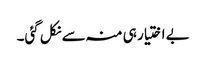
بے اختیار ہی منہ سے نکل گئی۔